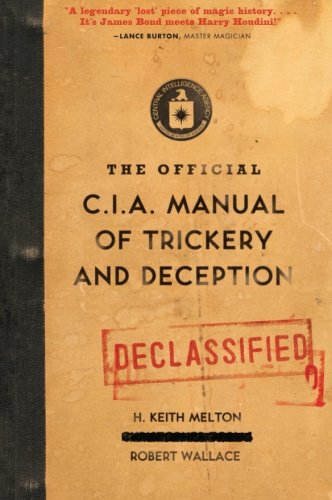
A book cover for The Official CIA Manual of Trickery and Deception; H. Keith Melton; History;